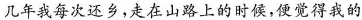
几年我每次还乡，走在山路上的时候，便觉得我的